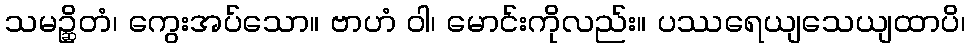
သမဉ္ဆိတံ၊ ကွေးအပ်သော။ ဗာဟံ ဝါ၊ မောင်းကိုလည်း။ ပဿရေယျသေယျထာပိ၊